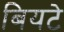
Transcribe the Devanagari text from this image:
बियटे